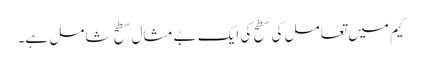
گیم میں تعامل کی سطح کی ایک بے مثال سطح شامل ہے۔